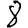
Digit: 8